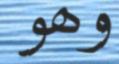
وھو